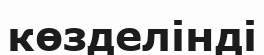
көзделінді